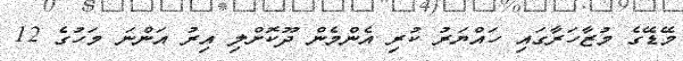
މޭޑޭގެ މުޒާހަރާގައި ހައްޔަރު ކުރި އެންމެން ދޫކޮށްލި އިރު އަންނަ މަހުގެ 12